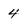
Character: 4